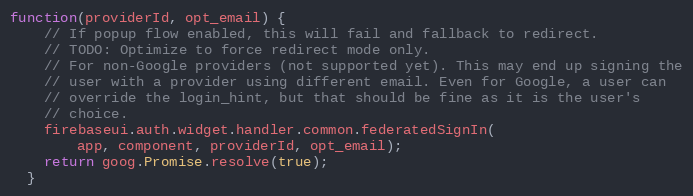
Language: JavaScript
function(providerId, opt_email) {
    // If popup flow enabled, this will fail and fallback to redirect.
    // TODO: Optimize to force redirect mode only.
    // For non-Google providers (not supported yet). This may end up signing the
    // user with a provider using different email. Even for Google, a user can
    // override the login_hint, but that should be fine as it is the user's
    // choice.
    firebaseui.auth.widget.handler.common.federatedSignIn(
        app, component, providerId, opt_email);
    return goog.Promise.resolve(true);
  }